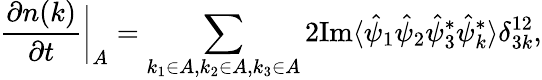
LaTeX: \frac{\partial n(k)}{\partial t}\biggr\rvert_{A}=\sum_{k_{1}\in A,k_{2}\in A,k_{3}\in A}2\textnormal{Im}\langle\hat{\psi}_{1}\hat{\psi}_{2}\hat{\psi}_{3}^{\ast}\hat{\psi}_{k}^{\ast}\rangle\delta_{3k}^{12},